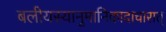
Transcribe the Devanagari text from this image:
बलीयस्यानुमानिकादाचारात्